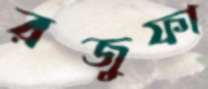
রজুফা